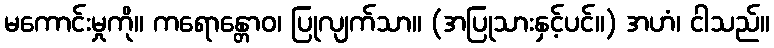
မကောင်းမှုကို။ ကရောန္တောဝ၊ ပြုလျက်သာ။ (အပြုသားနှင့်ပင်။) အဟံ၊ ငါသည်။